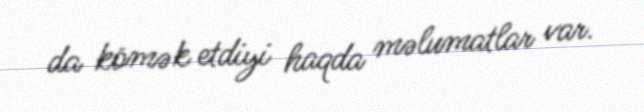
da kömək etdiyi haqda məlumatlar var.